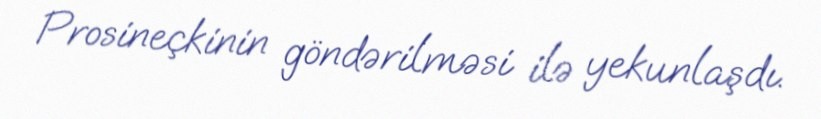
Prosineçkinin göndərilməsi ilə yekunlaşdı.